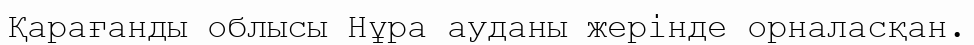
Қарағанды облысы Нұра ауданы жерінде орналасқан.